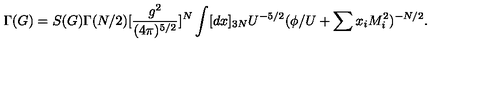
\Gamma ( G ) = S ( G ) \Gamma ( N / 2 ) [ \frac { g ^ { 2 } } { ( 4 \pi ) ^ { 5 / 2 } } ] ^ { N } \int [ d x ] _ { 3 N } U ^ { - 5 / 2 } ( \phi / U + \sum x _ { i } M _ { i } ^ { 2 } ) ^ { - N / 2 } .